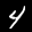
Label: 4